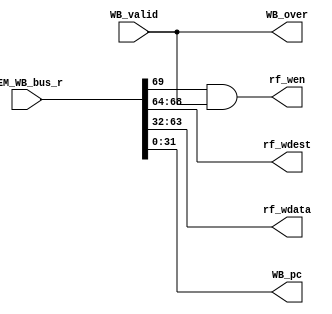
`timescale 1ns / 1ps
//*************************************************************************
//   > : wb.v
//   >   :CPU
//   >   : LOONGSON
//   >   : 2016-04-14
//*************************************************************************
module wb(                      // 
    input         WB_valid,     // 
    input  [69:0] MEM_WB_bus_r, // MEM->WB
    output        rf_wen,       // 
    output [ 4:0] rf_wdest,     // 
    output [31:0] rf_wdata,     // 
    output        WB_over,      // WB

    //PC
    output [ 31:0] WB_pc
);
//-----{MEM->WB}begin    
    //
    wire wen;
    wire [4:0] wdest;
    
    //MEMresult
    wire [31:0] mem_result;
    
    //pc
    wire [31:0] pc;    
    assign {wen,wdest,mem_result,pc} = MEM_WB_bus_r;
//-----{MEM->WB}end

//-----{WB}begin
    //WB/
    //
    //WB_validWB_over
    assign WB_over = WB_valid;
//-----{WB}end

//-----{WB->regfile}begin
    assign rf_wen   = wen & WB_valid;
    assign rf_wdest = wdest;
    assign rf_wdata = mem_result;
//-----{WB->regfile}end

//-----{WBPC}begin
    assign WB_pc = pc;
//-----{WBPC}end
endmodule